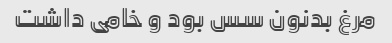
مرغ بدنون سس بود و خامی داشت